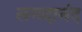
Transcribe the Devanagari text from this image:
लगदानंद